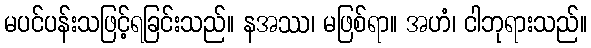
မပင်ပန်းသဖြင့်ရခြင်းသည်။ နအဿ၊ မဖြစ်ရာ။ အဟံ၊ ငါဘုရားသည်။